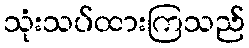
သုံးသပ်ထားကြသည်